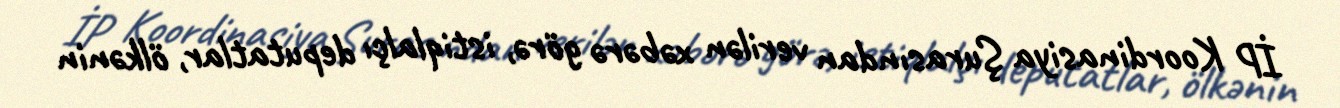
İP Koordinasiya Şurasından verilən xəbərə görə, istiqlalçı deputatlar, ölkənin